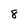
Character: 8